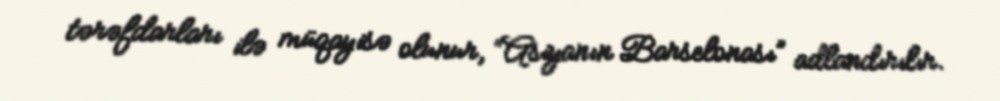
tərəfdarları ilə müqayisə olunur, “Asiyanın Barselonası” adlandırılır.